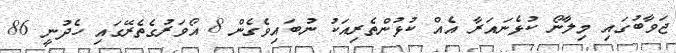
ޖަވާބުގައި މިލާނޯ ކުޅެނައަރާ އެއް ކުޅުންތެރިއަކު ނުބައިވެގެން 8 އޯވަރުގެތެރޭގައި ހެދުނީ 86